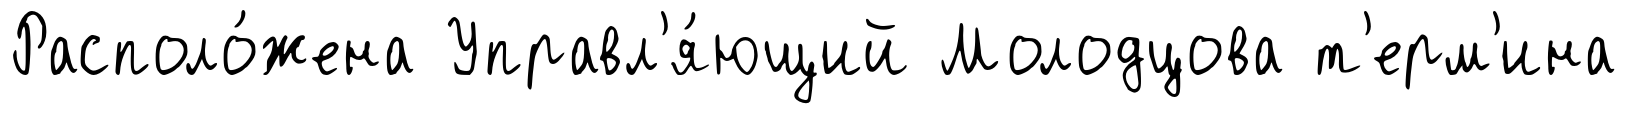
Располо́жена Управл'я́ющий Молодцова т'ерм'ина